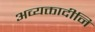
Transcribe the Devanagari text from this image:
अव्यक्तादीनि